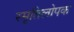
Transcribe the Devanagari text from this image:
स्मृतिलोपक